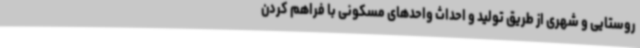
روستایی و شهری از طریق تولید و احداث واحدهای مسکونی با فراهم کردن